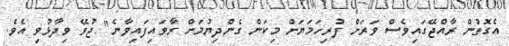
އެގޮތުން ރާއްޖޭގައިވެސް ވަރަށް ފުރިހަމަޔަށް މިކަން ގެންދިޔުމަށް ރާވައިފައިވާނެ" ޖުވޭ ވިދާޅުވި އެވެ.